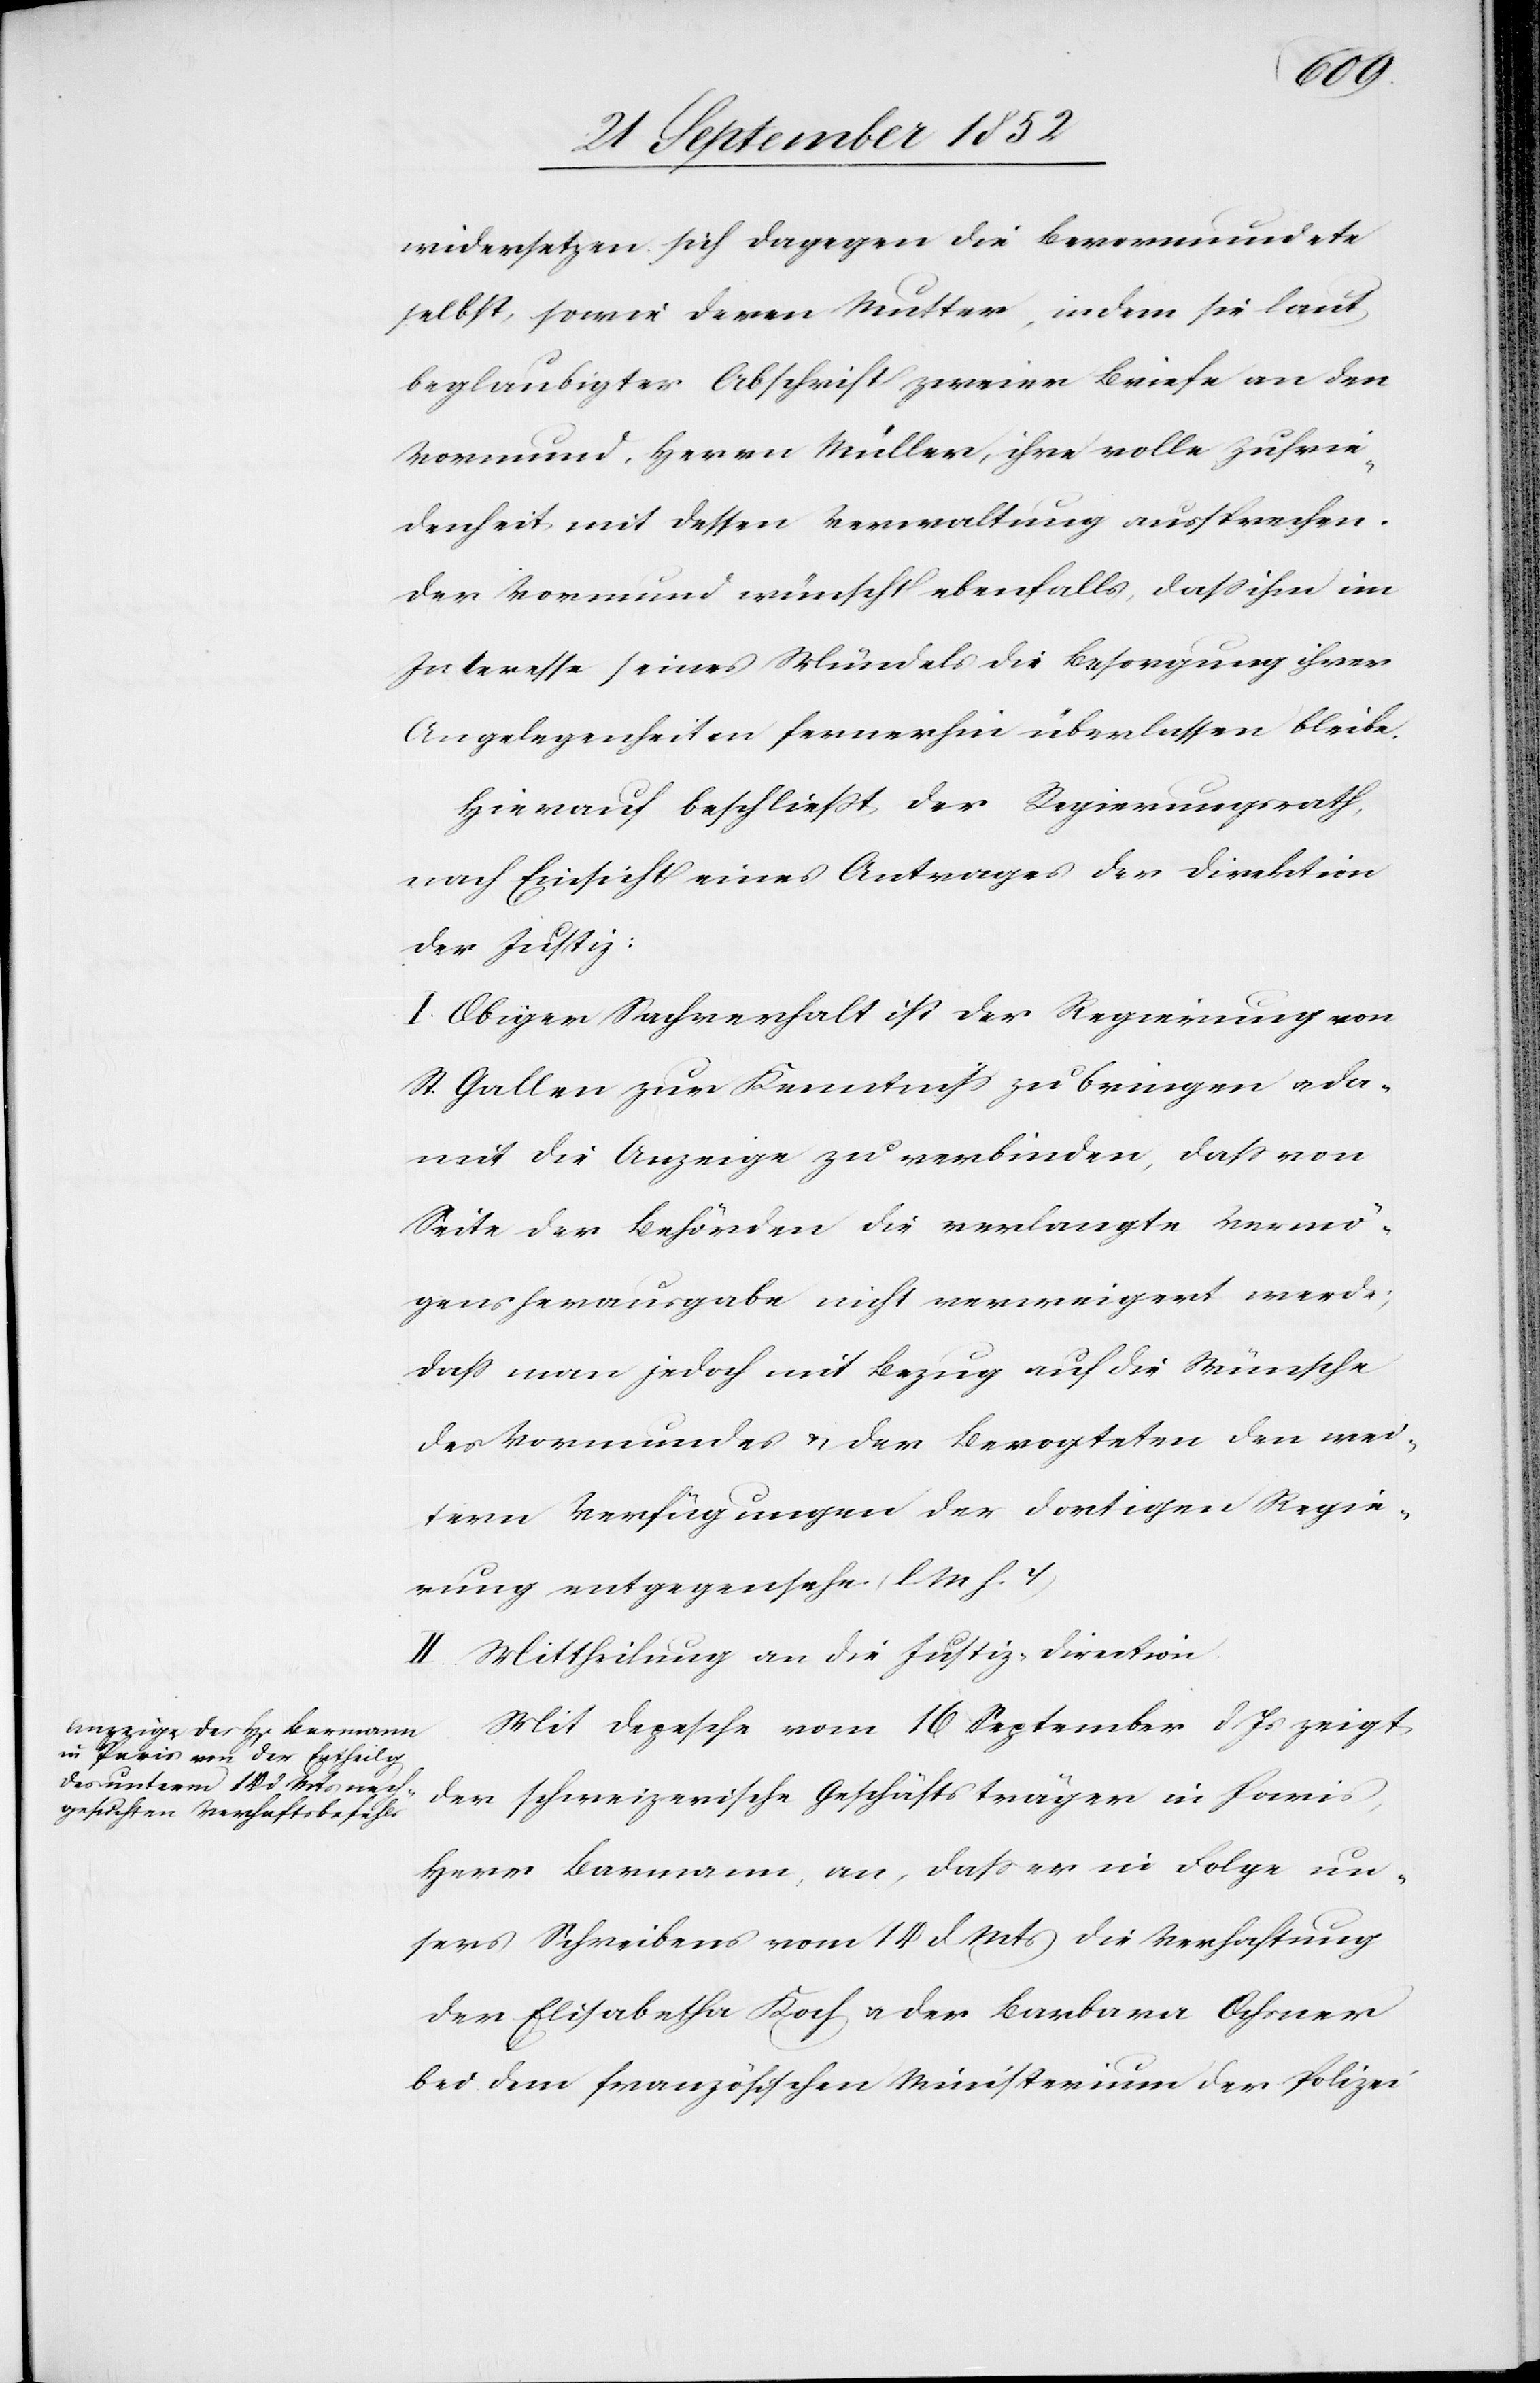
widersetzen sich dagegen die Bevormundete
selbst, sowie deren Mutter, indem sie laut
beglaubigter Abschrift zweier Briefe an den
Vormund, Herrn Müller, ihre volle Zufrie¬
denheit mit dessen Verwaltung aussprechen.
Der Vormund wünscht ebenfalls, dass ihm im
Interesse seines Mündels die Besorgung ihrer
Angelegenheiten fernerhin überlassen bleibe.
Hierauf beschließt der Regierungsrath,
nach Einsicht eines Antrages der Direktion
der Justiz:
I. Obiger Sachverhalt ist der Regierung von
St. Gallen zur Kenntniss zu bringen & da¬
mit die Anzeige zu verbinden, dass von
Seite der Behörden die verlangte Vermö¬
gensherausgabe nicht verweigert werde;
dass man jedoch mit Bezug auf die Wünsche
des Vormundes & der Bevogteten den wei¬
tern Verfügungen der dortigen Regie¬
rung entgegensehe. (l. M h. T)
II. Mittheilung an die Justiz-Direction.
Mit Depesche vom 16 September d Js zeigt
der schweizerische Geschäftsträger in Paris,
Herr Barmann, an, dass er in Folge un¬
sers Schreibens vom 14 d Mts die Verhaftung
der Elisabetha Koch & der Barbara Ochsner
bei dem französischen Ministerium der Polizei